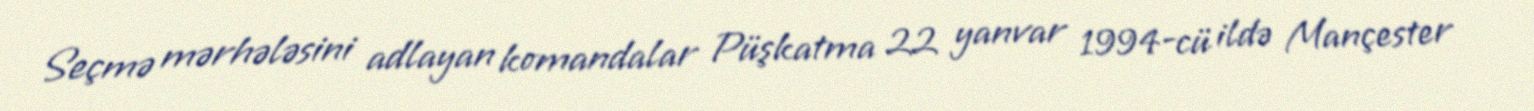
Seçmə mərhələsini adlayan komandalar Püşkatma 22 yanvar 1994-cü ildə Mançester